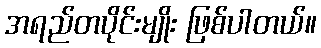
အရည်တပိုင်းမျိုး ဖြစ်ပါတယ်။